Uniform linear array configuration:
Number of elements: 12
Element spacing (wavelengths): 1
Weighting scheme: kaiser
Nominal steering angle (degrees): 0
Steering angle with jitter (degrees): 0.7794
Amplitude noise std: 0.05
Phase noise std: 0.05

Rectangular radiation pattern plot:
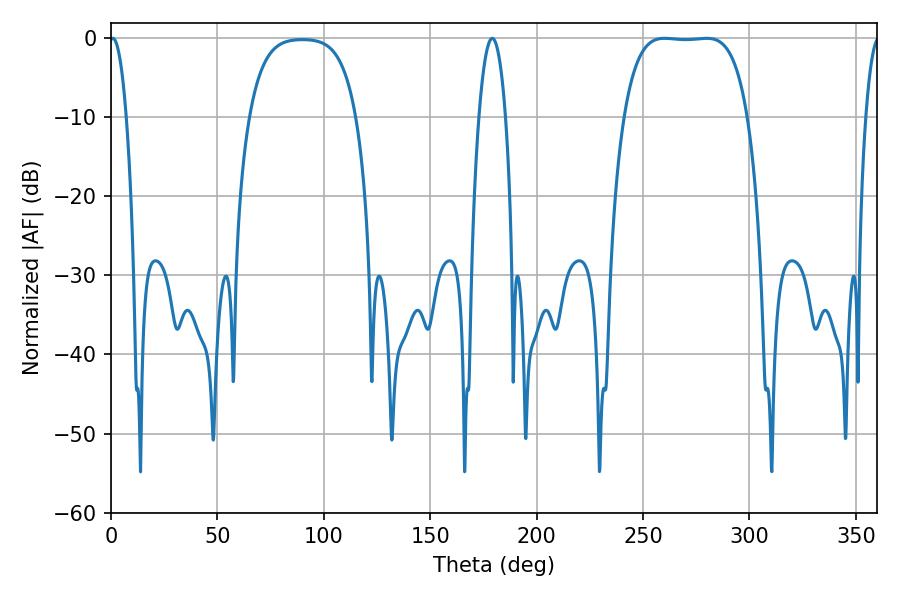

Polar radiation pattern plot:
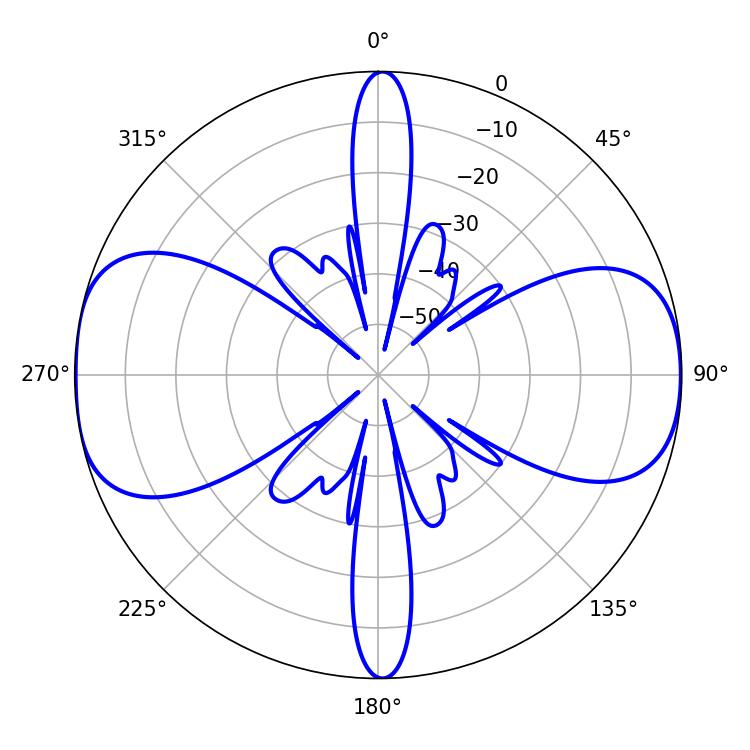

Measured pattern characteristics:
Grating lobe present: TRUE
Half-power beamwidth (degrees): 45
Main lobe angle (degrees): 260.1